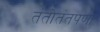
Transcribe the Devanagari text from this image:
तंतोतंतपणा